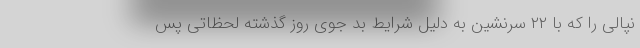
نپالی را که با ۲۲ سرنشین به دلیل شرایط بد جوی روز گذشته لحظاتی پس